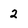
Character: 2